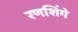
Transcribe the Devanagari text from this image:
रणशिंगे